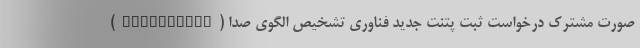
صورت مشترک درخواست ثبت پتنت جدید فناوری تشخیص الگوی صدا (VoicePrint)